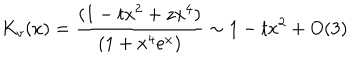
K _ { v } ( x ) = \frac { ( 1 - t x ^ { 2 } + z x ^ { 4 } ) } { ( 1 + x ^ { 4 } e ^ { x } ) } \sim 1 - t x ^ { 2 } + O ( 3 )